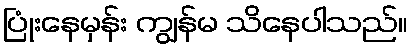
ပြုံးနေမှန်း ကျွန်မ သိနေပါသည်။